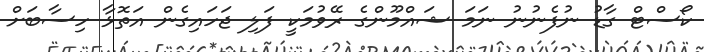
ކޯސްޓް ގާޑު ނުފެނުނު ނަމަ ޝައްމޫންގެ ރޭވުމަކީ ފަލި ޖަހައިގެން އަތޮޅާ ހިސާބަށް